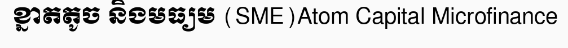
ខ្នាតតូច និងមធ្យម (SME)Atom Capital Microfinance